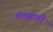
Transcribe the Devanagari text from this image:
मॅचसाठी